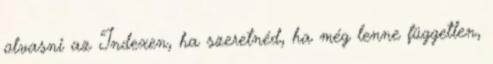
olvasni az Indexen, ha szeretnéd, ha még lenne független,